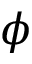
\phi